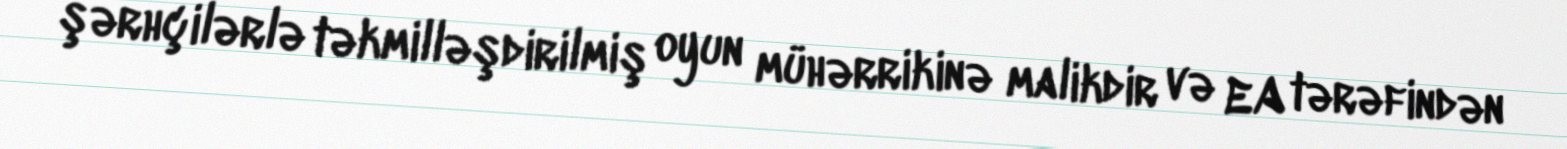
şərhçilərlə təkmilləşdirilmiş oyun mühərrikinə malikdir və EA tərəfindən